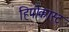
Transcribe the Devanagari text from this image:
हिपोकास्ट